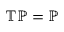
\mathbb { T P = P }